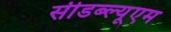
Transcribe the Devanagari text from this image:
सीडब्ल्यूएम